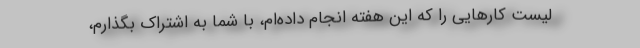
لیست کار‌هایی را که این هفته انجام داده‌ام، با شما به اشتراک بگذارم،